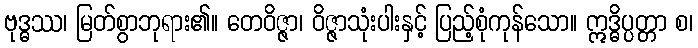
ဗုဒ္ဓဿ၊ မြတ်စွာဘုရား၏။ တေဝိဇ္ဇာ၊ ဝိဇ္ဇာသုံးပါးနှင့် ပြည့်စုံကုန်သော။ ဣဒ္ဓိပ္ပတ္တာ စ၊